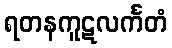
ရတနကူဋလင်္ကတံ